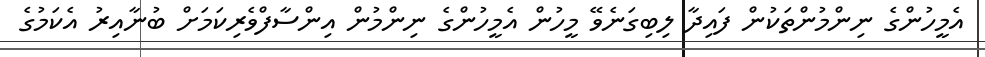
އެމީހުންގެ ނިންމުންތަކުން ފައިދާ ލިބިގަނެވޭ މީހުން އެމީހުންގެ ނިންމުން އިންސާފްވެރިކަމަށް ބުނާއިރު އެކަމުގެ